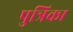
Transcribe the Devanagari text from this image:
पुत्रिका